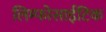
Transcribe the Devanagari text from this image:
लिम्फोसाईटिक